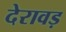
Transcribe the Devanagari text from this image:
देरावड़